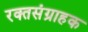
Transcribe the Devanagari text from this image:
रक्तसंग्राहक